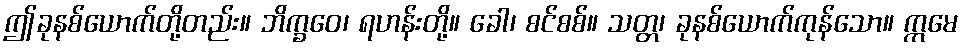
ဤခုနစ်ယောက်တို့တည်း။ ဘိက္ခဝေ၊ ရဟန်းတို့။ ခေါ၊ စင်စစ်။ သတ္တ၊ ခုနစ်ယောက်ကုန်သော။ ဣမေ